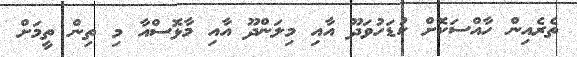
ތެރެއިން ހާއްސަކޮށް ކުޑަހުވަދޫ އާއި މިލަންދޫ އާއި މާޅޮސްއާ މި ތިން ތީމަށް